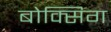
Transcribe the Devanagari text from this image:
बोक्सिग